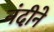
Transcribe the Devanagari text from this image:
नंदीने